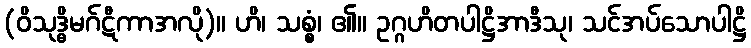
(ဝိသုဒ္ဓိမဂ်ဋီကာအလို)။ ဟိ၊ သစ္စံ၊ ၏။ ဥဂ္ဂဟိတပါဋ္ဌိအာဒီသု၊ သင်အပ်သောပါဋ္ဌိ